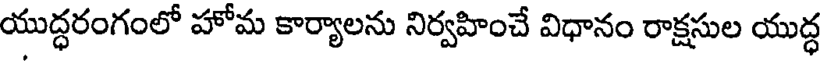
యుద్ధరంగంలో హోమ కార్యాలను నిర్వహించే విధానం రాక్షసుల యుద్ధ